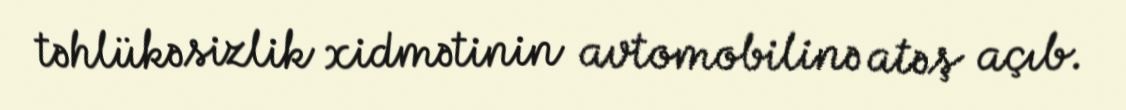
təhlükəsizlik xidmətinin avtomobilinə atəş açıb.